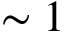
\sim 1